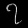
Digit: ၇